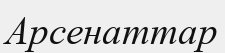
Арсенаттар